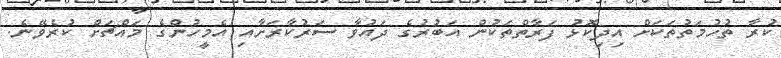
ކުރާ ތުހުމަތުތަކަށް އިދިކޮޅު ފަރާތްތަކުން އަބުރުގެ ދައުވާ ސަރުކާރަށާއި އެމީހުންގެ މައްޗަށް ކުރެވޭނެ.